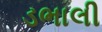
ડભાલી